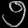
Digit: ၅